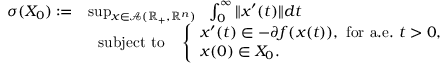
\begin{array} { r l } { \sigma ( X _ { 0 } ) : = } & { \operatorname* { s u p } _ { x \in \mathcal { A } ( \mathbb { R } _ { + } , \mathbb { R } ^ { n } ) } ~ ~ \int _ { 0 } ^ { \infty } \| x ^ { \prime } ( t ) \| d t } \\ & { ~ ~ \mathrm { s u b j e c t ~ t o } ~ ~ ~ \left\{ \begin{array} { l } { x ^ { \prime } ( t ) \in - \partial f ( x ( t ) ) , ~ \mathrm { f o r ~ a . e . } ~ t > 0 , } \\ { x ( 0 ) \in X _ { 0 } . } \end{array} \right. } \end{array}